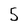
Character: 5